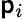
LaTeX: \mathsf{p}_{i}